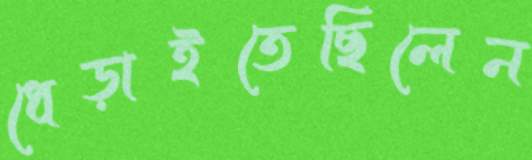
ধেড়াইতেছিলেন